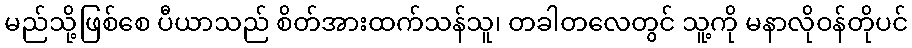
မည်သို့ဖြစ်စေ ပီယာသည် စိတ်အားထက်သန်သူ၊ တခါတလေတွင် သူ့ကို မနာလိုဝန်တိုပင်